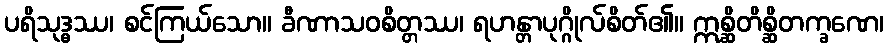
ပရိသုဒ္ဓဿ၊ စင်ကြယ်သော။ ခီဏာသဝစိတ္တဿ၊ ရဟန္တာပုဂ္ဂိုလ်စိတ်၏။ ဣစ္ဆိတိစ္ဆိတက္ခဏေ၊